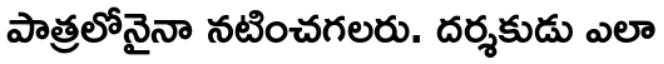
పాత్రలోనైనా నటించగలరు. దర్శకుడు ఎలా